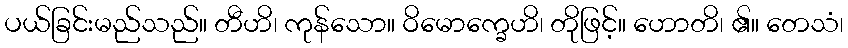
ပယ်ခြင်းမည်သည်။ တီဟိ၊ ကုန်သော။ ဝိမောက္ခေဟိ၊ တိုဖြင့်။ ဟောတိ၊ ၏။ တေသံ၊